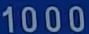
1000